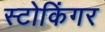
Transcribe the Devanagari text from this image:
स्टोकिंगर